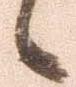
候